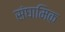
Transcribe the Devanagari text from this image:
संघामिक